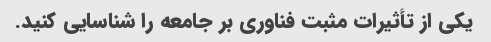
یکی از تأثیرات مثبت فناوری بر جامعه را شناسایی کنید.